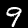
Label: 9